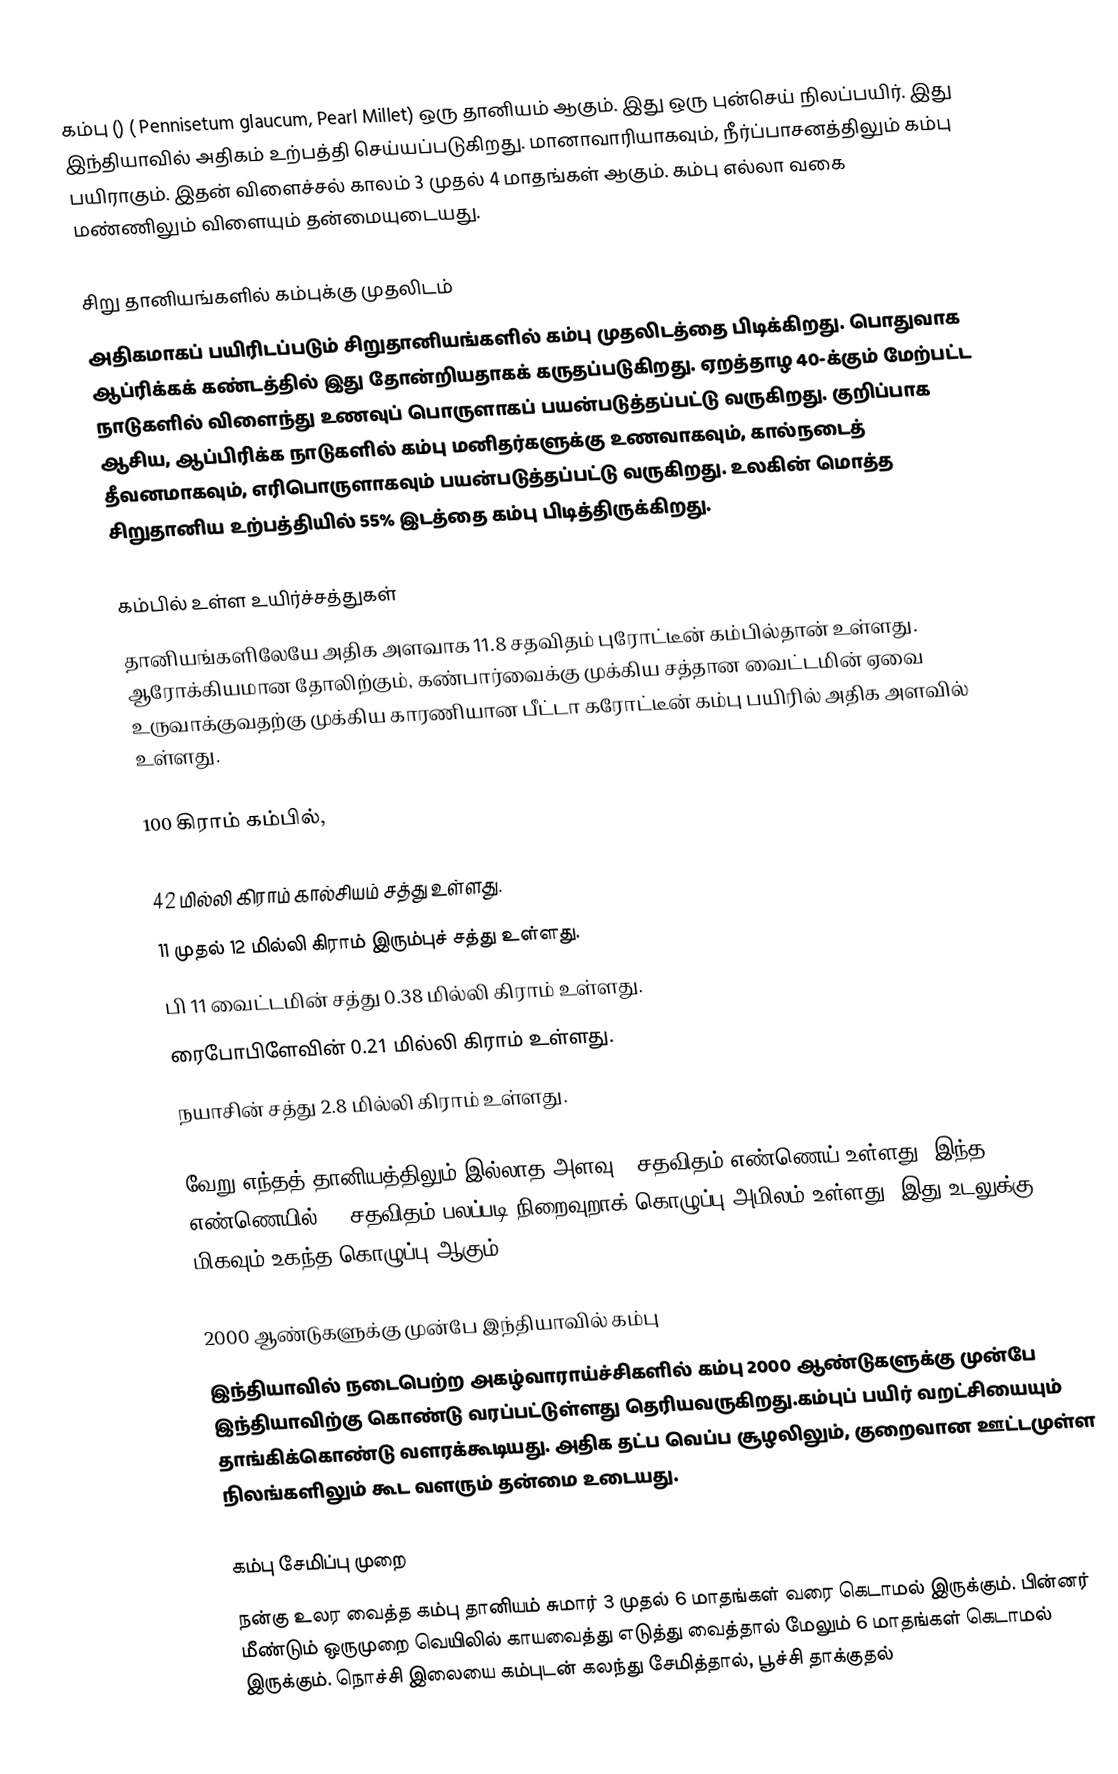
கம்பு () ( Pennisetum glaucum, Pearl Millet) ஒரு தானியம் ஆகும். இது ஒரு புன்செய் நிலப்பயிர். இது இந்தியாவில் அதிகம் உற்பத்தி செய்யப்படுகிறது. மானாவாரியாகவும், நீர்ப்பாசனத்திலும் கம்பு பயிராகும். இதன் விளைச்சல் காலம் 3 முதல் 4 மாதங்கள் ஆகும். கம்பு எல்லா வகை மண்ணிலும் விளையும் தன்மையுடையது.

சிறு தானியங்களில் கம்புக்கு முதலிடம்
அதிகமாகப் பயிரிடப்படும் சிறுதானியங்களில் கம்பு முதலிடத்தை பிடிக்கிறது. பொதுவாக ஆப்ரிக்கக் கண்டத்தில் இது தோன்றியதாகக் கருதப்படுகிறது. ஏறத்தாழ 40-க்கும் மேற்பட்ட நாடுகளில் விளைந்து உணவுப் பொருளாகப் பயன்படுத்தப்பட்டு வருகிறது. குறிப்பாக ஆசிய, ஆப்பிரிக்க நாடுகளில் கம்பு மனிதர்களுக்கு உணவாகவும், கால்நடைத் தீவனமாகவும், எரிபொருளாகவும் பயன்படுத்தப்பட்டு வருகிறது. உலகின் மொத்த சிறுதானிய உற்பத்தியில் 55% இடத்தை கம்பு பிடித்திருக்கிறது.

கம்பில் உள்ள உயிர்ச்சத்துகள்
தானியங்களிலேயே அதிக அளவாக 11.8 சதவிதம் புரோட்டீன் கம்பில்தான் உள்ளது. ஆரோக்கியமான தோலிற்கும், கண்பார்வைக்கு முக்கிய சத்தான வைட்டமின் ஏவை உருவாக்குவதற்கு முக்கிய காரணியான பீட்டா கரோட்டீன் கம்பு பயிரில் அதிக அளவில் உள்ளது.

100 கிராம் கம்பில்,

 42 மில்லி கிராம் கால்சியம் சத்து உள்ளது.
 11 முதல் 12 மில்லி கிராம் இரும்புச் சத்து உள்ளது.
 பி 11 வைட்டமின் சத்து 0.38 மில்லி கிராம் உள்ளது.
 ரைபோபிளேவின் 0.21 மில்லி கிராம் உள்ளது.
 நயாசின் சத்து 2.8 மில்லி கிராம் உள்ளது.

வேறு எந்தத் தானியத்திலும் இல்லாத அளவு 5 சதவிதம் எண்ணெய் உள்ளது. இந்த எண்ணெயில் 70 சதவிதம் பலப்படி நிறைவுறாக் கொழுப்பு அமிலம் உள்ளது. இது உடலுக்கு மிகவும் உகந்த கொழுப்பு ஆகும்.

2000 ஆண்டுகளுக்கு முன்பே இந்தியாவில் கம்பு
இந்தியாவில் நடைபெற்ற அகழ்வாராய்ச்சிகளில் கம்பு 2000 ஆண்டுகளுக்கு முன்பே இந்தியாவிற்கு கொண்டு வரப்பட்டுள்ளது தெரியவருகிறது.கம்புப் பயிர் வறட்சியையும் தாங்கிக்கொண்டு வளரக்கூடியது. அதிக தட்ப வெப்ப சூழலிலும், குறைவான ஊட்டமுள்ள நிலங்களிலும் கூட வளரும் தன்மை உடையது.

கம்பு சேமிப்பு முறை
நன்கு உலர வைத்த கம்பு தானியம் சுமார் 3 முதல் 6 மாதங்கள் வரை கெடாமல் இருக்கும். பின்னர் மீண்டும் ஒருமுறை வெயிலில் காயவைத்து எடுத்து வைத்தால் மேலும் 6 மாதங்கள் கெடாமல் இருக்கும். நொச்சி இலையை கம்புடன் கலந்து சேமித்தால், பூச்சி தாக்குதல்